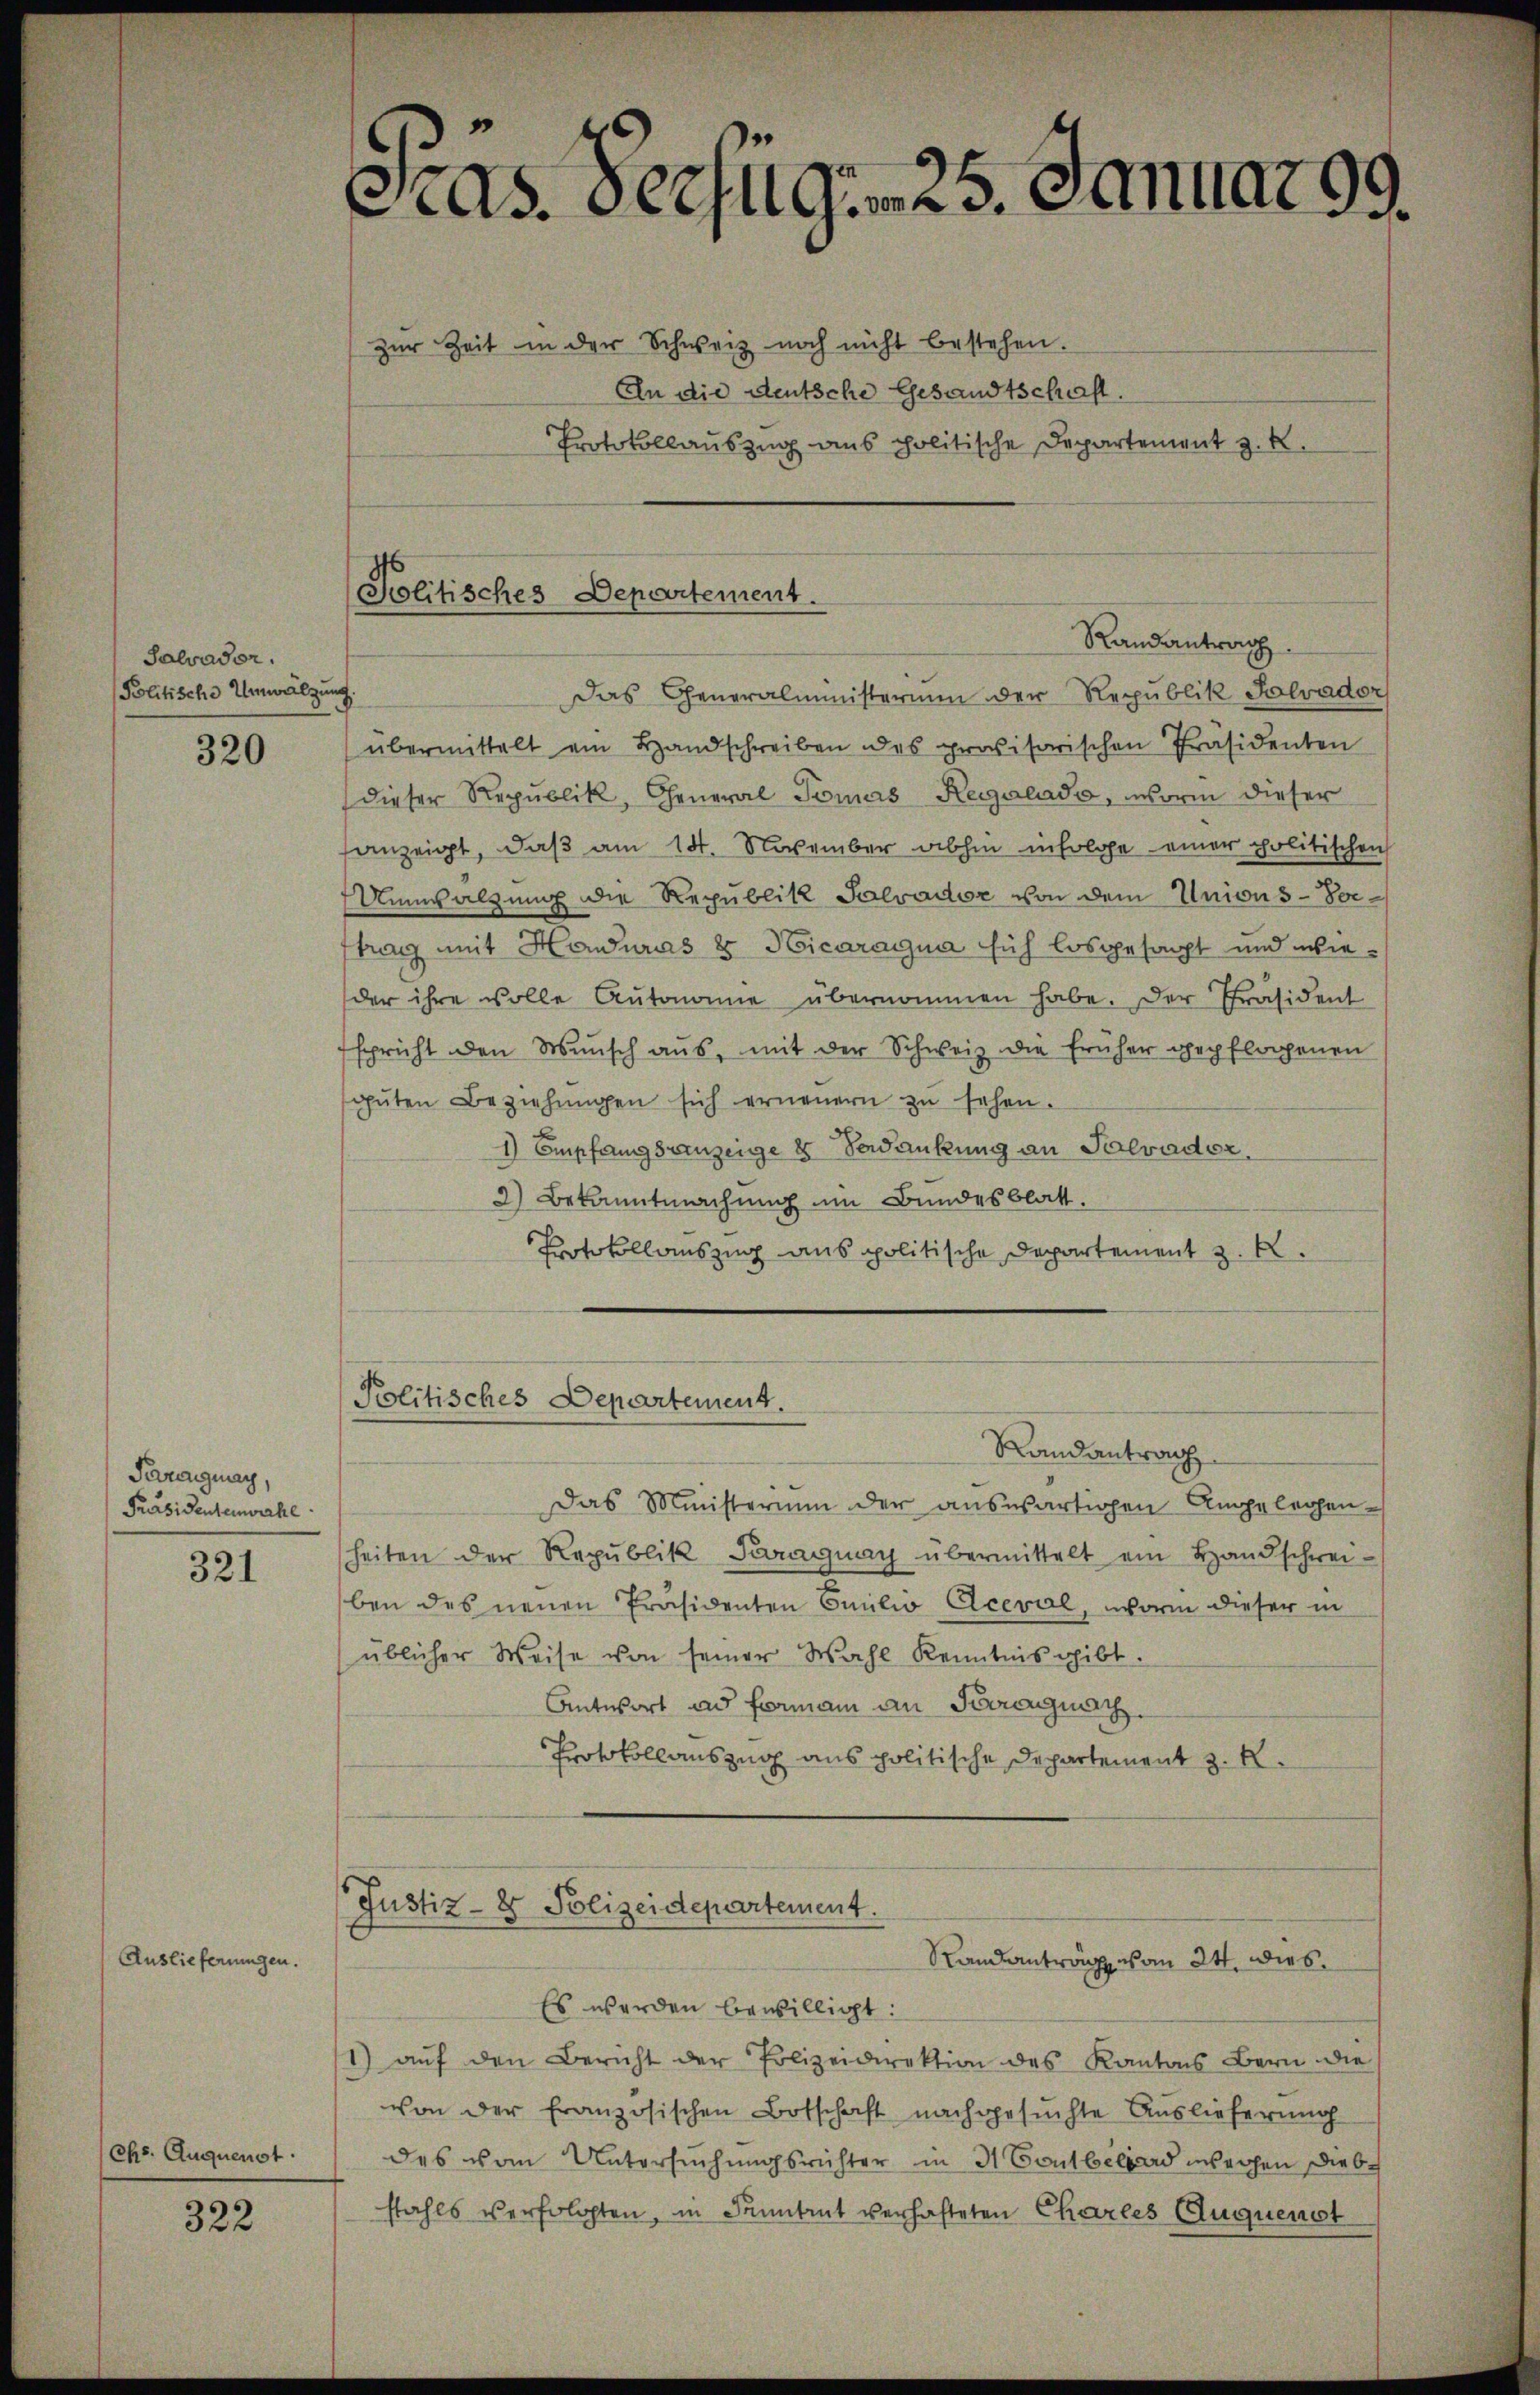
Salvador.
Politische Umwälzung.

320

Paragung,
Präsidentenwahl

321

Auslieferungen

ehs. Auquenst.

322

as. Seefigem 25. Januar 99.

zŭr Zeit in der Schweiz noch nicht bestehen.
An die deutsche Gesandtschaft.
Protokollauszug aus politische Departement z. B.
Randantrag
Das Generalministerium der Republik Salvador
übermittelt ein Handschreiben des provisorischen Präsidenten
dieser Republik, General Tomas Regalado, worin dieser
anzeigt, daß am 14. November abhin insolche einer politischen
Unnsalzung die Republik Salvador von dem Unions-Vortrag mit Heuras 8 Hicaragna sich losgesagt und wieder ihre volle Autonomie übernommen habe. Der Präsident
spricht den Wŭnsch aŭs, mit der Schweiz die früher gepflogenen
gŭten Beziehŭngen sich erneŭern zŭ sehen.
I) Empfangsanzeige 8 Bedankung an Salvador.
2) Bekanntmachung im Bundesblatt.
Protokollauszug aus politische Departement z. B.

Politisches Departement.

Poolitisches Departement.

Randantrag
Das Ministerium der auswärtigen Angelegenheiten der Republik Paraguay übermittelt ein Handschwei-
ben des neuen Präsidenten Emilio Aceval, worin dieser in
üblicher Weise von seiner Wahl Kenntnis gibt.
Antwort und Formann an Surrognach
Protokollauszug aus politische Departement z. K

Justiz- & Polizeidepartement.
Randantrag vom 24. dies

Es werden bewilligt:
1) aŭf den Bericht der Polizeidirektion des Kantons Bern die
von der französischen Botschaft nachgesuchte Auslieferung
des vom Untersuchungsrichter in Maulbeerd machen Diebstahls verfolgten, in Fontant verhafteten Chartes (Auquenst